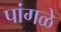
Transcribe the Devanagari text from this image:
पांगळे